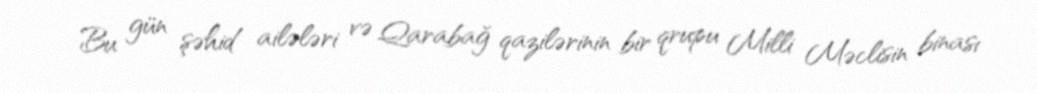
Bu gün şəhid ailələri və Qarabağ qazilərinin bir qrupu Milli Məclisin binası